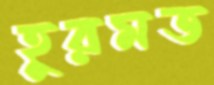
হুরমত